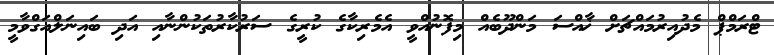
ޓްރަމްޕް މެދުއިރުމައްޗަށް ޚާއްސަ މަންދޫބެއް މިފޮނުއްވީ އެމެރިކާގެ ކުރީގެ ސަރުކާރުތަކުންނާއި އަދި ބައިނަލްއަގްވާމީ